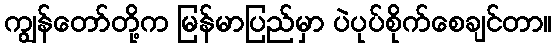
ကျွန်တော်တို့က မြန်မာပြည်မှာ ပဲပုပ်စိုက်စေချင်တာ။